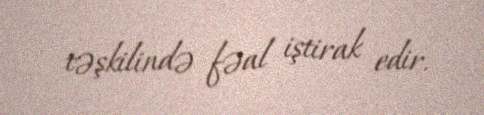
təşkilində fəal iştirak edir.